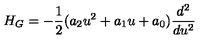
H _ { G } = - \frac { 1 } { 2 } ( a _ { 2 } u ^ { 2 } + a _ { 1 } u + a _ { 0 } ) \frac { d ^ { 2 } } { d u ^ { 2 } }